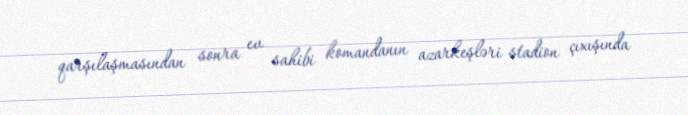
qarşılaşmasından sonra ev sahibi komandanın azarkeşləri stadion çıxışında